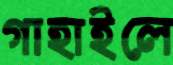
গাহাইলে